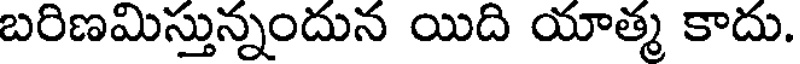
బరిణమిస్తున్నందున యిది యాత్మ కాదు.